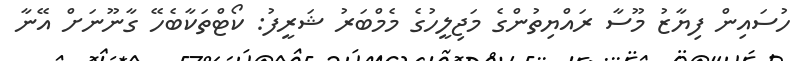
ހުސައިން ފިޔާޒު މޫސާ ރައްޔިތުންގެ މަޖިލީހުގެ މެމްބަރު ޝަރީފު: ކޯޓްތަކާބެހޭ ގާނޫނަށް އޭނާ